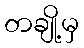
တချို့မှ